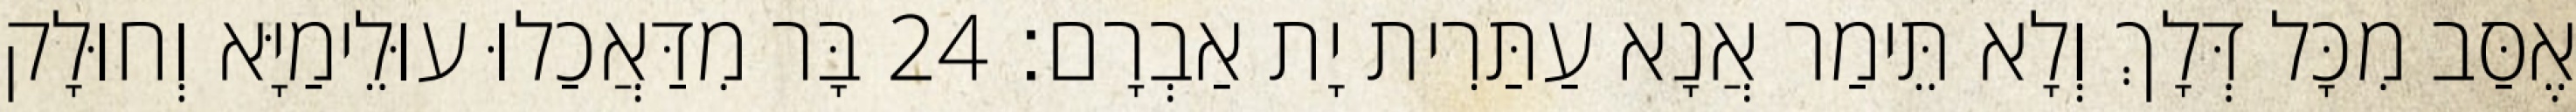
אֶסַּב מִכָּל דְּלָךְ וְלָא תֵּימַר אֲנָא עַתַּרִית יָת אַבְרָם׃ 24 בָּר מִדַּאֲכַלוּ עוּלֵימַיָּא וְחוּלָק